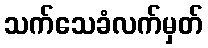
သက်သေခံလက်မှတ်